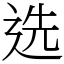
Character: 选